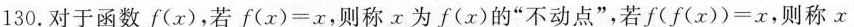
130.对于函数f(x)，若 $$f ( x ) = x$$，则称x为f(x)的”不动点”，若 $$f ( f ( x ) ) = x$$，则称x